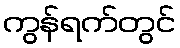
ကွန်ရက်တွင်